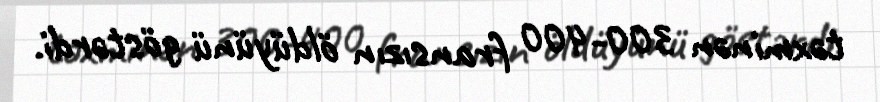
təxminən 300-400 fransızın öldüyünü göstərdi.